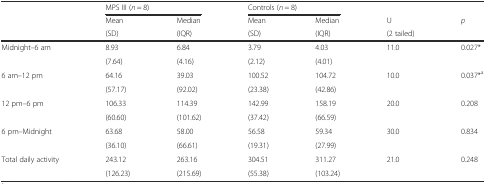
<table><thead><tr><td rowspan="3"></td><td colspan="2"><b>MPS III (<i>n</i> = 8)</b></td><td colspan="2"><b>Controls (<i>n</i> = 8)</b></td><td></td><td></td></tr><tr><td><b>Mean</b></td><td><b>Median</b></td><td><b>Mean</b></td><td><b>Median</b></td><td><b>U</b></td><td><b><i>p</i></b></td></tr><tr><td><b>(SD)</b></td><td><b>(IQR)</b></td><td><b>(SD)</b></td><td><b>(IQR)</b></td><td><b>(2 tailed)</b></td><td></td></tr></thead><tbody><tr><td rowspan="2">Midnight–6 am</td><td>8.93</td><td>6.84</td><td>3.79</td><td>4.03</td><td rowspan="2">11.0</td><td rowspan="2">0.027*</td></tr><tr><td>(7.64)</td><td>(4.16)</td><td>(2.12)</td><td>(4.01)</td></tr><tr><td rowspan="2">6 am–12 pm</td><td>64.16</td><td>39.03</td><td>100.52</td><td>104.72</td><td rowspan="2">10.0</td><td rowspan="2">0.037*<sup>a</sup></td></tr><tr><td>(57.17)</td><td>(92.02)</td><td>(23.38)</td><td>(42.86)</td></tr><tr><td rowspan="2">12 pm–6 pm</td><td>106.33</td><td>114.39</td><td>142.99</td><td>158.19</td><td rowspan="2">20.0</td><td rowspan="2">0.208</td></tr><tr><td>(60.60)</td><td>(101.62)</td><td>(37.42)</td><td>(66.59)</td></tr><tr><td rowspan="2">6 pm–Midnight</td><td>63.68</td><td>58.00</td><td>56.58</td><td>59.34</td><td rowspan="2">30.0</td><td rowspan="2">0.834</td></tr><tr><td>(36.10)</td><td>(66.61)</td><td>(19.31)</td><td>(27.99)</td></tr><tr><td rowspan="2">Total daily activity</td><td>243.12</td><td>263.16</td><td>304.51</td><td>311.27</td><td rowspan="2">21.0</td><td rowspan="2">0.248</td></tr><tr><td>(126.23)</td><td>(215.69)</td><td>(55.38)</td><td>(103.24)</td></tr></tbody></table>